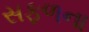
સફળના